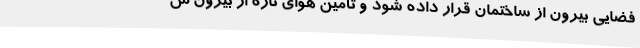
فضایی بیرون از ساختمان قرار داده شود و تأمین هوای تازه از بیرون س